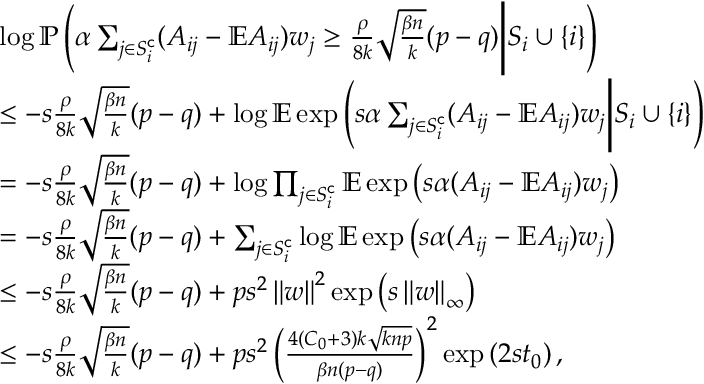
\begin{array} { r l } & { \log \mathbb { P } \left( \alpha \sum _ { j \in S _ { i } ^ { \mathsf { c } } } ( A _ { i j } - \mathbb { E } A _ { i j } ) w _ { j } \geq \frac { \rho } { 8 k } \sqrt { \frac { \beta n } { k } } ( p - q ) \Bigg | S _ { i } \cup \{ i \} \right) } \\ & { \leq - s \frac { \rho } { 8 k } \sqrt { \frac { \beta n } { k } } ( p - q ) + \log \mathbb { E } \exp \left( s \alpha \sum _ { j \in S _ { i } ^ { \mathsf { c } } } ( A _ { i j } - \mathbb { E } A _ { i j } ) w _ { j } \Bigg | S _ { i } \cup \{ i \} \right) } \\ & { = - s \frac { \rho } { 8 k } \sqrt { \frac { \beta n } { k } } ( p - q ) + \log \prod _ { j \in S _ { i } ^ { \mathsf { c } } } \mathbb { E } \exp \left( s \alpha ( A _ { i j } - \mathbb { E } A _ { i j } ) w _ { j } \right) } \\ & { = - s \frac { \rho } { 8 k } \sqrt { \frac { \beta n } { k } } ( p - q ) + \sum _ { j \in S _ { i } ^ { \mathsf { c } } } \log \mathbb { E } \exp \left( s \alpha ( A _ { i j } - \mathbb { E } A _ { i j } ) w _ { j } \right) } \\ & { \leq - s \frac { \rho } { 8 k } \sqrt { \frac { \beta n } { k } } ( p - q ) + p s ^ { 2 } \left\| { w } \right\| ^ { 2 } \exp \left( { s } \left\| { w } \right\| _ { \infty } \right) } \\ & { \leq - s \frac { \rho } { 8 k } \sqrt { \frac { \beta n } { k } } ( p - q ) + p s ^ { 2 } \left( \frac { 4 ( C _ { 0 } + 3 ) k \sqrt { k n p } } { \beta n ( p - q ) } \right) ^ { 2 } \exp \left( 2 { s } t _ { 0 } \right) , } \end{array}